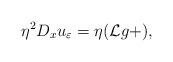
LaTeX: \begin{align*} \eta^2 D_x u_{\varepsilon} = \eta (\mathcal{L} g + ),\end{align*}